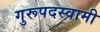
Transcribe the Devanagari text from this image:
गुरूपदस्वामी